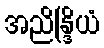
အညိန္ဒြိယံ